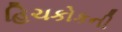
હિચકોકની